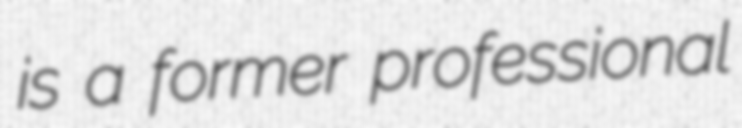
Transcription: is a former professional